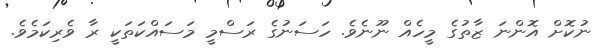
ނުކޮށް އޮންނަ ޒާތުގެ މީހެއް ނޫނެވެ. ހަސަނުގެ ރަސްމީ މަސައްކަތަކީ ރާ ވެރިކަމެވެ.